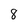
Character: 8